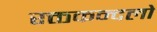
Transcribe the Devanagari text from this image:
रक्तकन्दलो